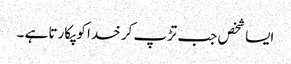
ایسا شخص جب تڑپ کر خدا کو پکارتا ہے ۔